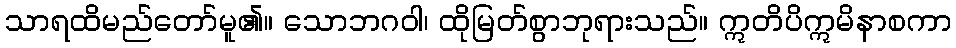
သာရထိမည်တော်မူ၏။ သောဘဂဝါ၊ ထိုမြတ်စွာဘုရားသည်။ ဣတိပိဣမိနာစကာ